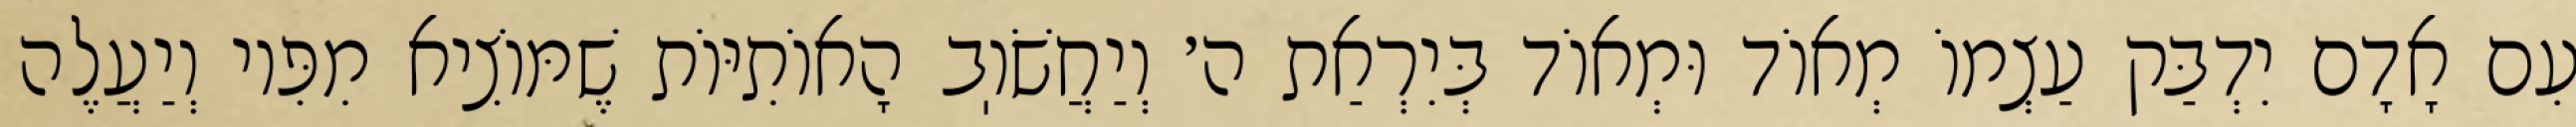
עִם אָדָם יִדְבַּק עַצְמוֹ מְאוֹד וּמְאוֹד בְּיִרְאַת ה׳ וְיַחֲשֹׁוֽב הָאוֹתִיּוֹת שֶׁמּוֹצִיא מִפִּיו וְיַעֲלֶה